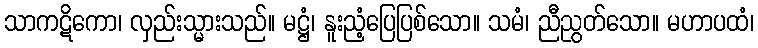
သာကဋိကော၊ လှည်းသ္မားသည်။ မဋ္ဌံ၊ နူးညံ့ပြေပြစ်သော။ သမံ၊ ညီညွတ်သော။ မဟာပထံ၊